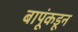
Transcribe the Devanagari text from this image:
बापूंकडून